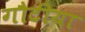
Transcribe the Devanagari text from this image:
गौटीया